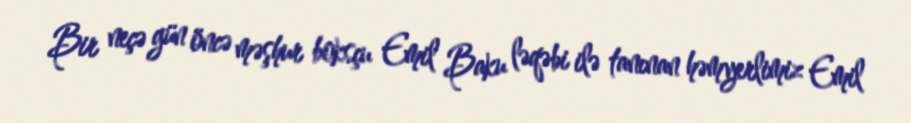
Bir neçə gün öncə məşhur boksçu Emil Baku ləqəbi ilə tanınan həmyerlimiz Emil